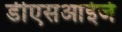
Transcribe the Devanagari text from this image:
डीएसआईजे